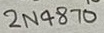
Text: 2N4870